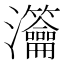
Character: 𤅰